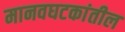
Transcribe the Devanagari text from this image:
मानवघटकांतील